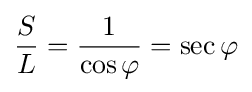
{\frac {S}{L}}={\frac {1}{\cos \varphi }}=\sec \varphi